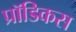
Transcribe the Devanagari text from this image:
प्रॉडिकस